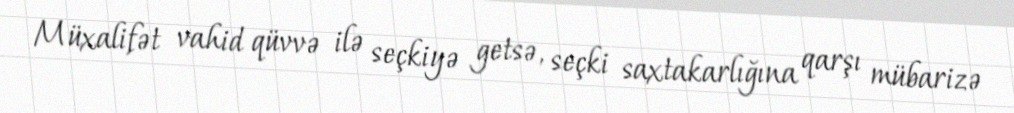
Müxalifət vahid qüvvə ilə seçkiyə getsə, seçki saxtakarlığına qarşı mübarizə